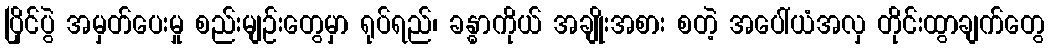
ပြိုင်ပွဲ အမှတ်ပေးမှု စည်းမျဉ်းတွေမှာ ရုပ်ရည်၊ ခန္ဓာကိုယ် အချိုးအစား စတဲ့ အပေါ်ယံအလှ တိုင်းထွာချက်တွေ